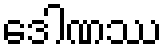
ဒေါဏဿ